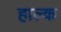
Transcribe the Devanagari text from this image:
हाल्क